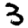
Digit: 3